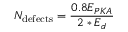
N _ { \mathrm { d e f e c t s } } = \frac { 0 . 8 E _ { P K A } } { 2 * E _ { d } }